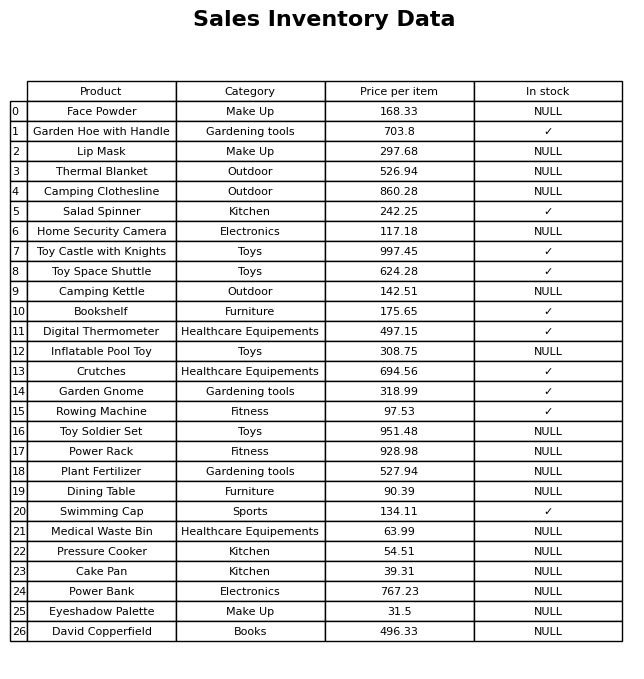
question: What is the price of the Toy Space Shuttle?
answer: The price of Toy Space Shuttle is 624.28.